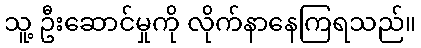
သူ့ ဦးဆောင်မှုကို လိုက်နာနေကြရသည်။